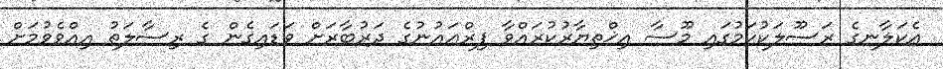
އެކަލާނގެ ރަސޫލަކުކަމުގައި މޫސާ އިޚްތިޔާރުކުރައްވާ ފިރްޢައުނުގެ ދަރުބާރަށް ވަޑައިގެން ގެ ރިސާލަތު އިއްވެވުމަށް